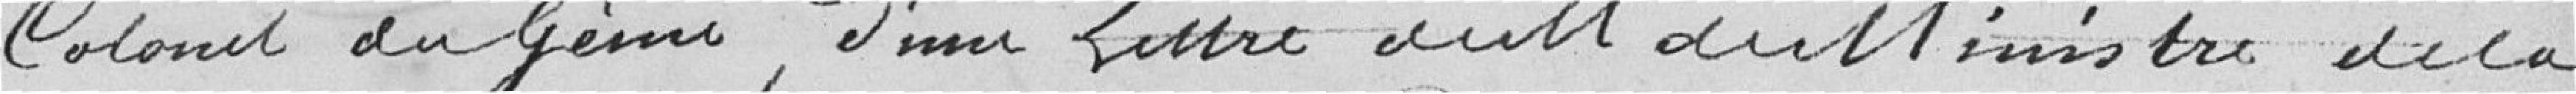
Colonel du Génie, d'une lettre    du Ministre de la